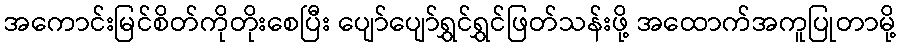
အကောင်းမြင်စိတ်ကိုတိုးစေပြီး ပျော်ပျော်ရွှင်ရွှင်ဖြတ်သန်းဖို့ အထောက်အကူပြုတာမို့